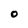
Character: O